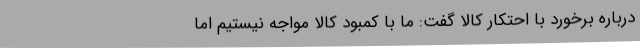
درباره برخورد با احتکار کالا گفت: ما با کمبود کالا مواجه نیستیم اما